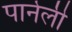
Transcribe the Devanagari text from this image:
पार्नेली